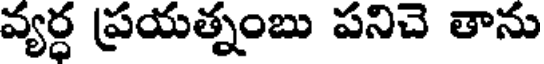
వ్యర్ధ ప్రయత్నంబు పనిచె తాను